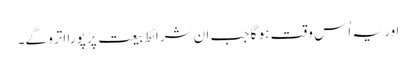
اور یہ اُس وقت ہو گا جب ان شرائطِ بیعت پر پورا اترو گے۔